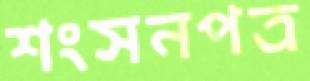
শংসনপত্র